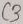
Text: C3